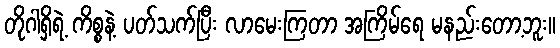
တိုဂါရှိရဲ့ ကိစ္စနဲ့ ပတ်သက်ပြီး လာမေးကြတာ အကြိမ်ရေ မနည်းတော့ဘူး။